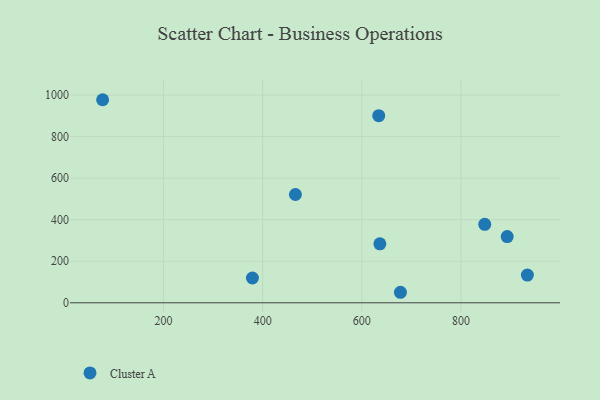
{"axis": {"x": "Ad Spend", "y": "Sales"}, "legend": ["Cluster A"], "data": [{"x": "893.2", "y": 318.9, "type": "Cluster A"}, {"x": "466.1", "y": 521.1, "type": "Cluster A"}, {"x": "77.3", "y": 977.3, "type": "Cluster A"}, {"x": "379.4", "y": 119.3, "type": "Cluster A"}, {"x": "636.4", "y": 283.8, "type": "Cluster A"}, {"x": "634.1", "y": 900.7, "type": "Cluster A"}, {"x": "847.9", "y": 377.5, "type": "Cluster A"}, {"x": "677.9", "y": 50.6, "type": "Cluster A"}, {"x": "933.9", "y": 133.6, "type": "Cluster A"}]}